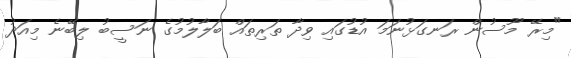
"މިރޭ މޫސުން ރަނގަޅުނަމަ އުޑުގައި ވިދާ ތަރިތައް ބަލާލުމުގެ ނަސީބު ލިބޭނެ މިއަދު